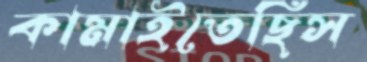
কামাইতেছিস